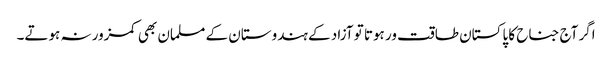
اگر آج جناح کا پاکستان طاقت ور ہوتا تو آزاد کے ہندوستان کے مسلمان بھی کمزور نہ ہوتے۔